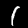
Label: 1